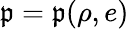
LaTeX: \mathfrak{p}=\mathfrak{p}(\rho,e)